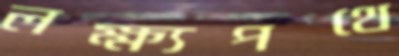
লক্ষ্যপথে